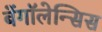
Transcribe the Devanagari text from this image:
बेंगॉलेन्सिस